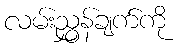
လမ်းညွှန်ချက်ကို